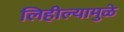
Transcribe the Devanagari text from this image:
लिहील्यामुळे